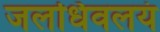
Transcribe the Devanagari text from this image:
जलधिवलयं